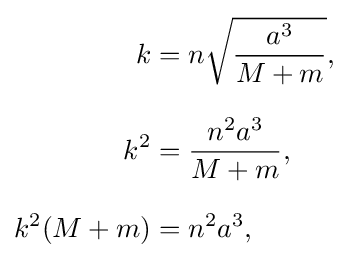
{\begin{aligned}k&=n{\sqrt {\frac {a^{3}}{M+m}}},\\[8pt]k^{2}&={\frac {n^{2}a^{3}}{M+m}},\\[8pt]k^{2}(M+m)&=n^{2}a^{3},\end{aligned}}